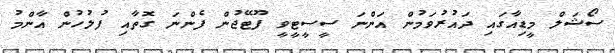
ސޯޝަލް މީޑިއާގައި ދައުރުވަމުން އަންނަ ސީސީޓީވީ ފޫޓޭޖުން ފެންނަ ގޮތާއި ފުލުހުން އާންމު